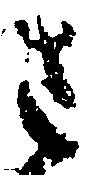
さ